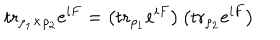
LaTeX: \mathrm { t r } _ { \rho _ { 1 } \times \rho _ { 2 } } e ^ { i F } = \left( \mathrm { t r } _ { \rho _ { 1 } } e ^ { i F } \right) \left( \mathrm { t r } _ { \rho _ { 2 } } e ^ { i F } \right)